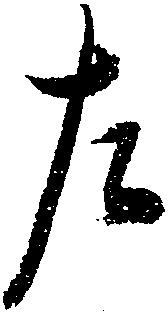
左